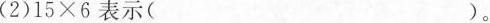
（2）$$ 1 5 \times 6$$ 表示（）。